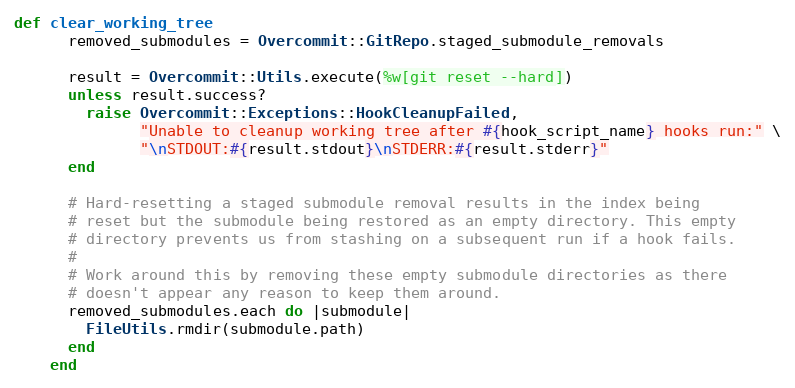
Language: Ruby
def clear_working_tree
      removed_submodules = Overcommit::GitRepo.staged_submodule_removals

      result = Overcommit::Utils.execute(%w[git reset --hard])
      unless result.success?
        raise Overcommit::Exceptions::HookCleanupFailed,
              "Unable to cleanup working tree after #{hook_script_name} hooks run:" \
              "\nSTDOUT:#{result.stdout}\nSTDERR:#{result.stderr}"
      end

      # Hard-resetting a staged submodule removal results in the index being
      # reset but the submodule being restored as an empty directory. This empty
      # directory prevents us from stashing on a subsequent run if a hook fails.
      #
      # Work around this by removing these empty submodule directories as there
      # doesn't appear any reason to keep them around.
      removed_submodules.each do |submodule|
        FileUtils.rmdir(submodule.path)
      end
    end